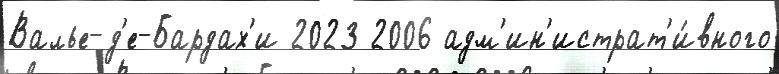
Валье-д'е-Бардах'и 2023 2006 адм'ин'истрат'и́вного